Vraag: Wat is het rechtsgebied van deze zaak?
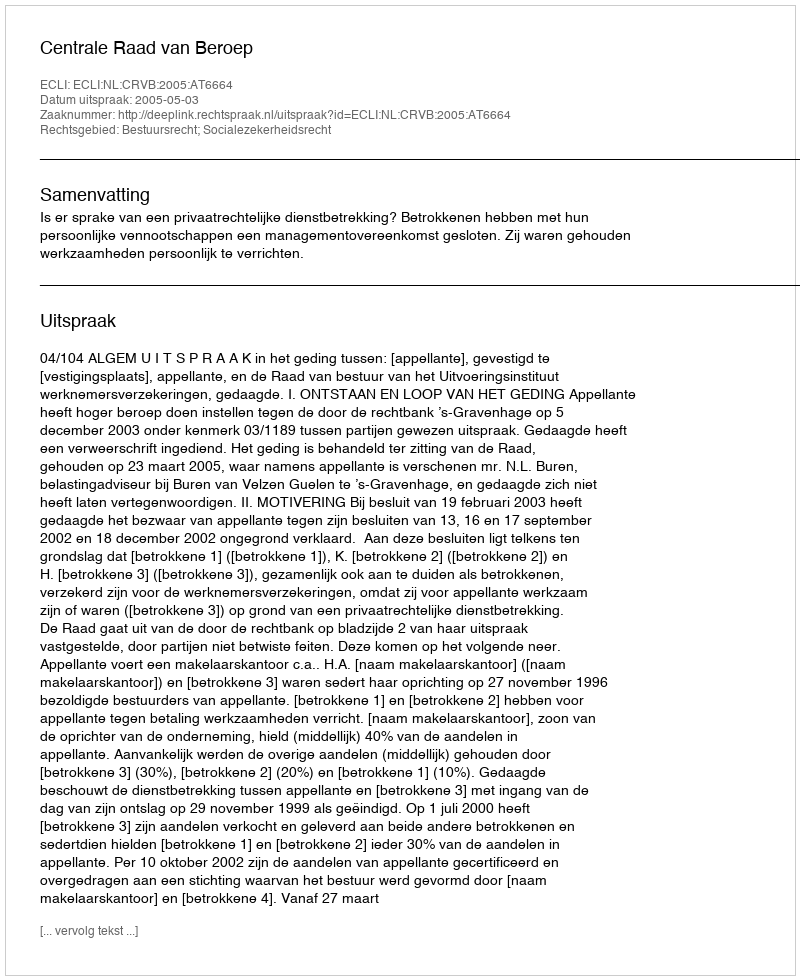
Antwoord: Bestuursrecht; Socialezekerheidsrecht